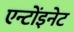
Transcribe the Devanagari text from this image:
एन्टोंइनेट